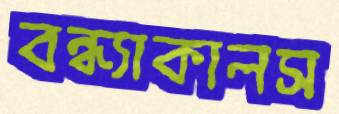
বন্ধ্যাকালস